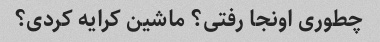
چطوری اونجا رفتی؟ ماشین کرایه کردی؟